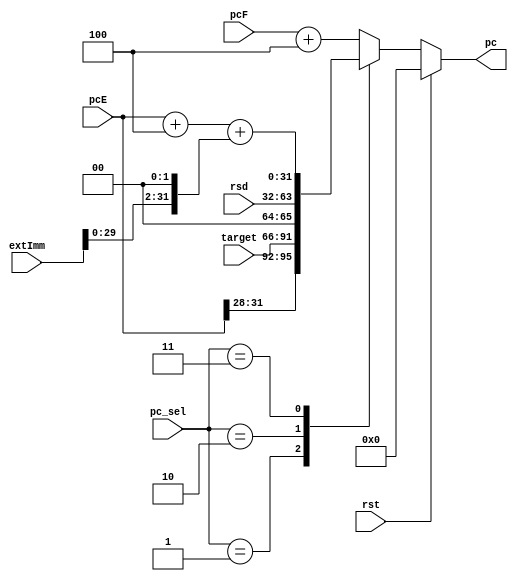
//-----------------------------------------------------------------------------
//  Module: NextPC
//  Desc: determine what the next PC is 
//  Inputs Interface:
//    rst: reset
//    pc_sel: 00 for PC+4, 01 for J/JAL, 10 for JR/JALR, 11 for Branch
//    currentPC: current PC
//    rsd: R[$rs] for JAL/JALR
//    target: for J/JAL
//    extImm: for Branch
//  Output Interface:
//    nextPC: next PC
//-----------------------------------------------------------------------------

module NextPC (
               input  rst,
               input  [1:0]  pc_sel,
               input  [31:0] pcF, 
               input  [31:0] pcE,
               input  [31:0] rsd,
               input  [25:0] target, 
               input  [31:0] extImm, 
               output [31:0] pc 
);
    reg [31:0] tmp;
    
    assign pc = tmp; 

    always @(*) begin
        if(rst)
            tmp = 0; 
        else begin
            case(pc_sel)
                2'b01:   tmp = {pcE[31:28], target, 2'b00};
                2'b10:   tmp = rsd; 
                2'b11:   tmp = pcE + 4 + (extImm << 2); 
                default: tmp = pcF + 4; 
            endcase
        end
        
    end  //end always
        

endmodule